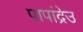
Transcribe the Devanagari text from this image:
पापांद्रेउ